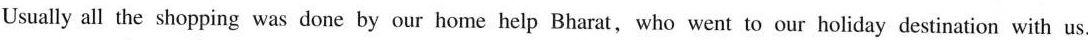
Usually all the shopping was done by our home help Bharat,who went to our holiday destination with us.